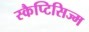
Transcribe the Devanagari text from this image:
स्कैप्टिसिज्म